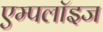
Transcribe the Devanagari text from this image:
एम्‍पलॉइज